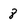
Character: 8